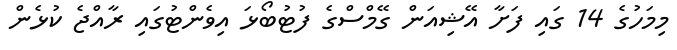
މިމަހުގެ 14 ގައި ފަށާ އޭޝިއަން ގޭމްސްގެ ފުޓުބޯޅަ އިވެންޓުގައި ރާއްޖެ ކުޅެން